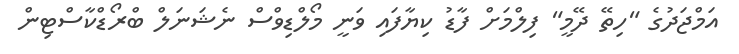
އަމްޖަދުގެ "ހިތޭ ދޭމީ" ފިލްމަށް ފާޑު ކިޔާފައި ވަނީ މޯލްޑިވްސް ނެޝަނަލް ބްރޯޑްކާސްޓިން